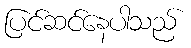
ပြင်ဆင်နေပါသည်